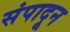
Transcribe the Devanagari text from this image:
संपादून